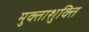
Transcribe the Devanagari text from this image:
मुक्ताशुक्ति